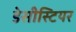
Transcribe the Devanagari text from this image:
डेसीस्टियर